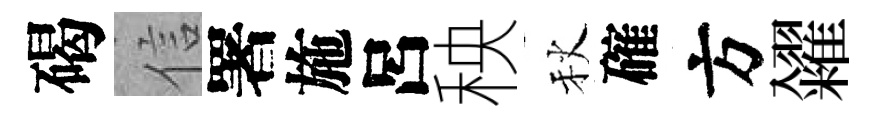
碣信署施呂秧秋確方糴